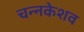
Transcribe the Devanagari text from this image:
चन्नकेशव